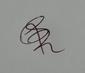
Signature authenticity: genuine